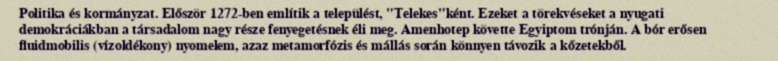
Politika és kormányzat. Először 1272-ben említik a települést, "Telekes"ként. Ezeket a törekvéseket a nyugati demokráciákban a társadalom nagy része fenyegetésnek éli meg. Amenhotep követte Egyiptom trónján. A bór erősen fluidmobilis (vízoldékony) nyomelem, azaz metamorfózis és mállás során könnyen távozik a kőzetekből.